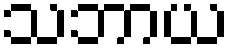
သဘာယ